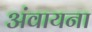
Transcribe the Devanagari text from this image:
अंवायना